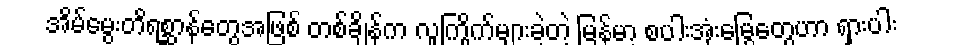
အိမ်မွေးတိရစ္ဆာန်တွေအဖြစ် တစ်ချိန်က လူကြိုက်များခဲ့တဲ့ မြန်မာ့ စပါးအုံးမြွေတွေဟာ ရှားပါး